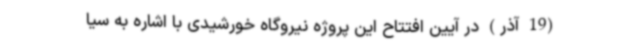
(19 آذر) در آیین افتتاح این پروژه نیروگاه خورشیدی با اشاره به سیا